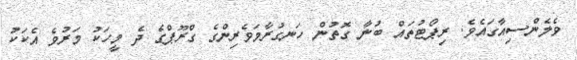
ވެލެންސިއާގައެވެ. ރިޕޯޓުތައް ބުނާ ގޮތުން ހަނގުރާމަވެރިންގެ ގްރޫޕްގެ ދެ މީހަކު މަރުވެ އެކަަކު